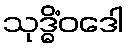
သုဒ္ဓိံဝဒေါ